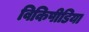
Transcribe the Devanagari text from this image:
विकिपीडिया